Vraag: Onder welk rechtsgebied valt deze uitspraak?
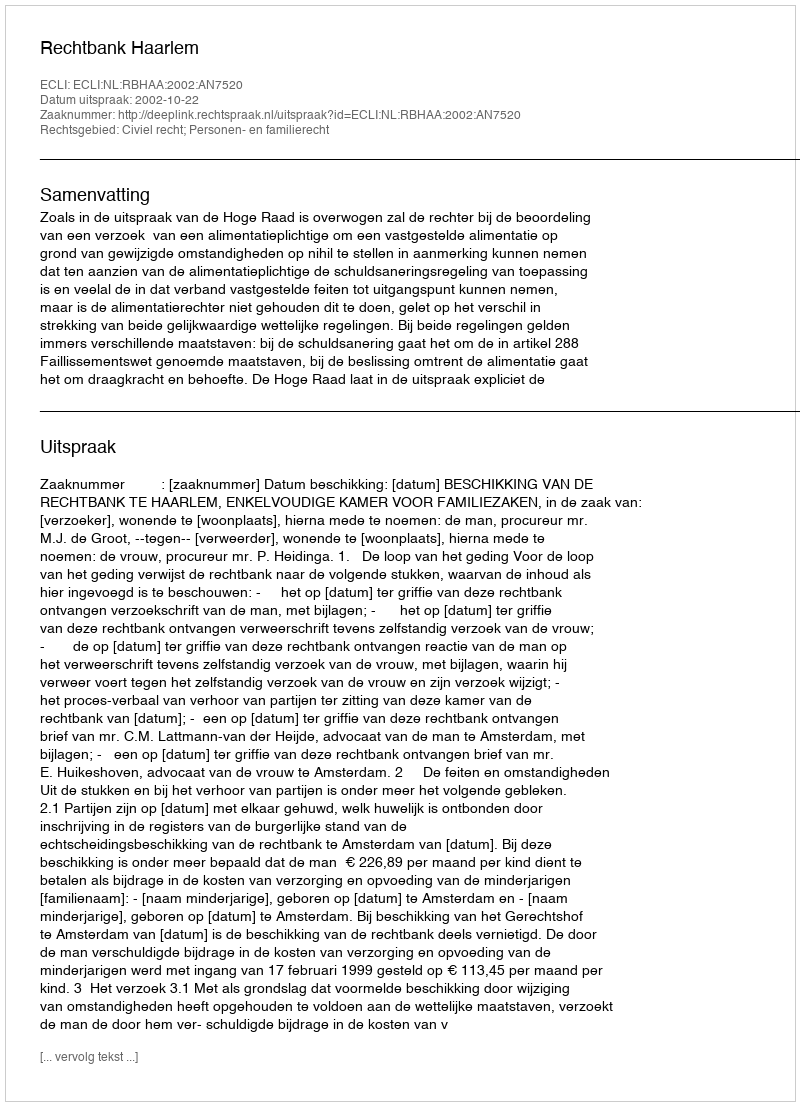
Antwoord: Civiel recht; Personen- en familierecht